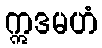
ဣဒမဟံ